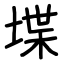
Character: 堞